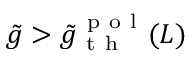
\tilde { g } > \tilde { g } _ { \mathrm { ~ t ~ h ~ } } ^ { \mathrm { ~ p ~ o ~ l ~ } } ( L )